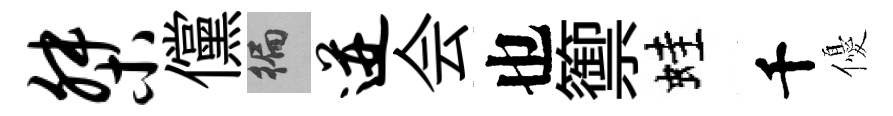
桀儻徧迸会也籞蛙千優